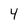
Character: 4